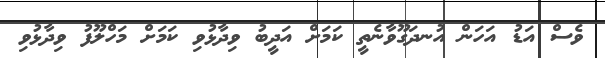
ވެސް އަޑު އަހަން އުނދަގޫވާނެތީ ކަމަށް އަދީބު ވިދާޅުވި ކަމަށް މަހްލޫފު ވިދާޅުވި